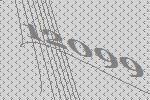
12099